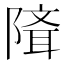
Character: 𨻕